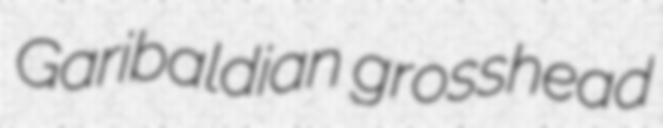
Garibaldian grosshead